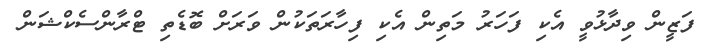
ފަޒީން ވިދާޅުވީ އެކި ފަހަރު މަތިން އެކި ފިހާރަތަކުން ވަރަށް ބޮޑެތި ޓްރާންސެކްޝަން